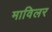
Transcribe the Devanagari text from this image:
माविलर